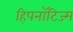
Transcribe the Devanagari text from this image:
हिपनॉटिज्म